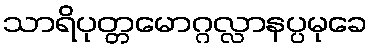
သာရိပုတ္တမောဂ္ဂလ္လာနပ္ပမုခေ